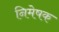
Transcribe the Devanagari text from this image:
निमेषक